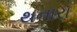
થનારા